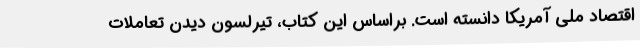
اقتصاد ملی آمریکا دانسته است. براساس این کتاب، تیرلسون دیدن تعاملات